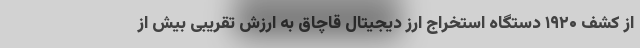
از کشف ۱۹۲۰ دستگاه استخراج ارز دیجیتال قاچاق به ارزش تقریبی بیش از